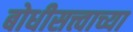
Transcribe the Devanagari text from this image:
बोधीसत्त्वाच्या